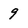
Character: 9